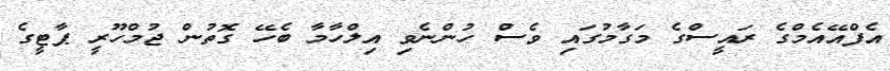
އެފްއޭއެމްގެ ރައީސްގެ މަގާމުގައި ވެސް ހުންނެވި އިލްހާމާ ބެހޭ ގޮތުން ޖުމްހޫރީ ޕާޓީގެ